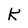
Character: K